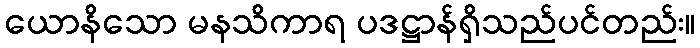
ယောနိသော မနသိကာရ ပဒဋ္ဌာန်ရှိသည်ပင်တည်း။